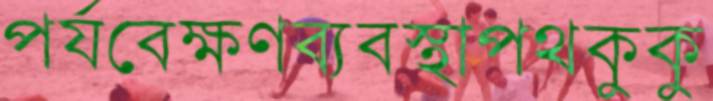
পর্যবেক্ষণব্যবস্থাপথকুকু